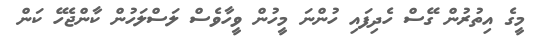
މީގެ އިތުރުން ގޭސް ހެދިފައި ހުންނަ މީހުން ވީހާވެސް ލަސްލަހުން ކާންޖެހޭ ކަން